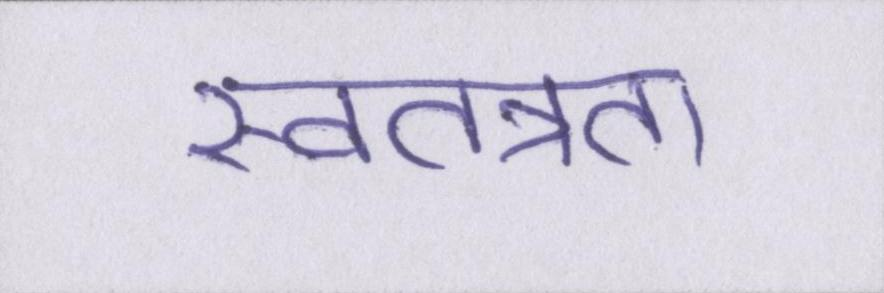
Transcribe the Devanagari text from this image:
स्वतत्रता